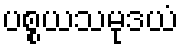
ပစ္စယသမုဒယံ